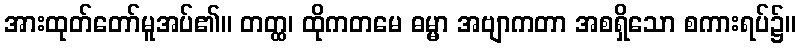
အားထုတ်တော်မူအပ်၏။ တတ္ထ၊ ထိုကတမေ ဓမ္မာ အဗျာကတာ အစရှိသော စကားရပ်၌။